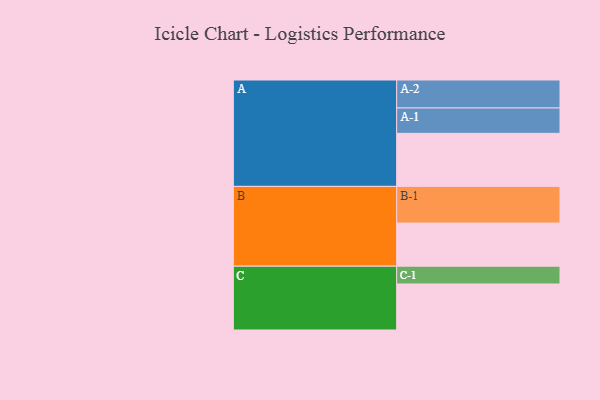
{"axis": {"x": "Segment", "y": "Value"}, "legend": ["", "A", "B", "C"], "data": [{"x": "A", "y": 385, "type": ""}, {"x": "B", "y": 313, "type": ""}, {"x": "C", "y": 334, "type": ""}, {"x": "A-1", "y": 184, "type": "A"}, {"x": "A-2", "y": 203, "type": "A"}, {"x": "B-1", "y": 266, "type": "B"}, {"x": "C-1", "y": 129, "type": "C"}]}